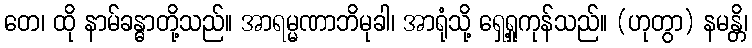
တေ၊ ထို နာမ်ခန္ဓာတို့သည်။ အာရမ္မဏာဘိမုခါ၊ အာရုံသို့ ရှေ့ရှုကုန်သည်။ (ဟုတွာ) နမန္တိ၊